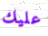
عليك